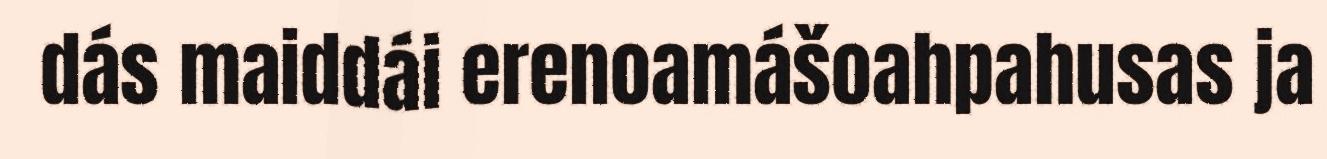
dás maiddái erenoamášoahpahusas ja